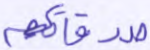
صدقاتكم